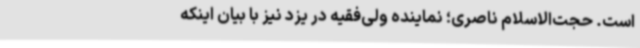
است. حجت‌الاسلام ناصری؛ نماینده ولی‌فقیه در یزد نیز با بیان اینکه